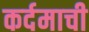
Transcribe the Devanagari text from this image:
कर्दमाची